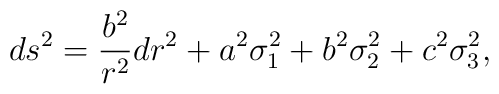
ds^2 = {b^2 \over r^2} dr^2 + a^2 \sigma_1^2 + b^2 \sigma_2^2 + c^2\sigma_3^2,